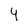
Character: 4